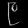
Digit: ၉